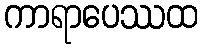
ကာရာပေဿထ